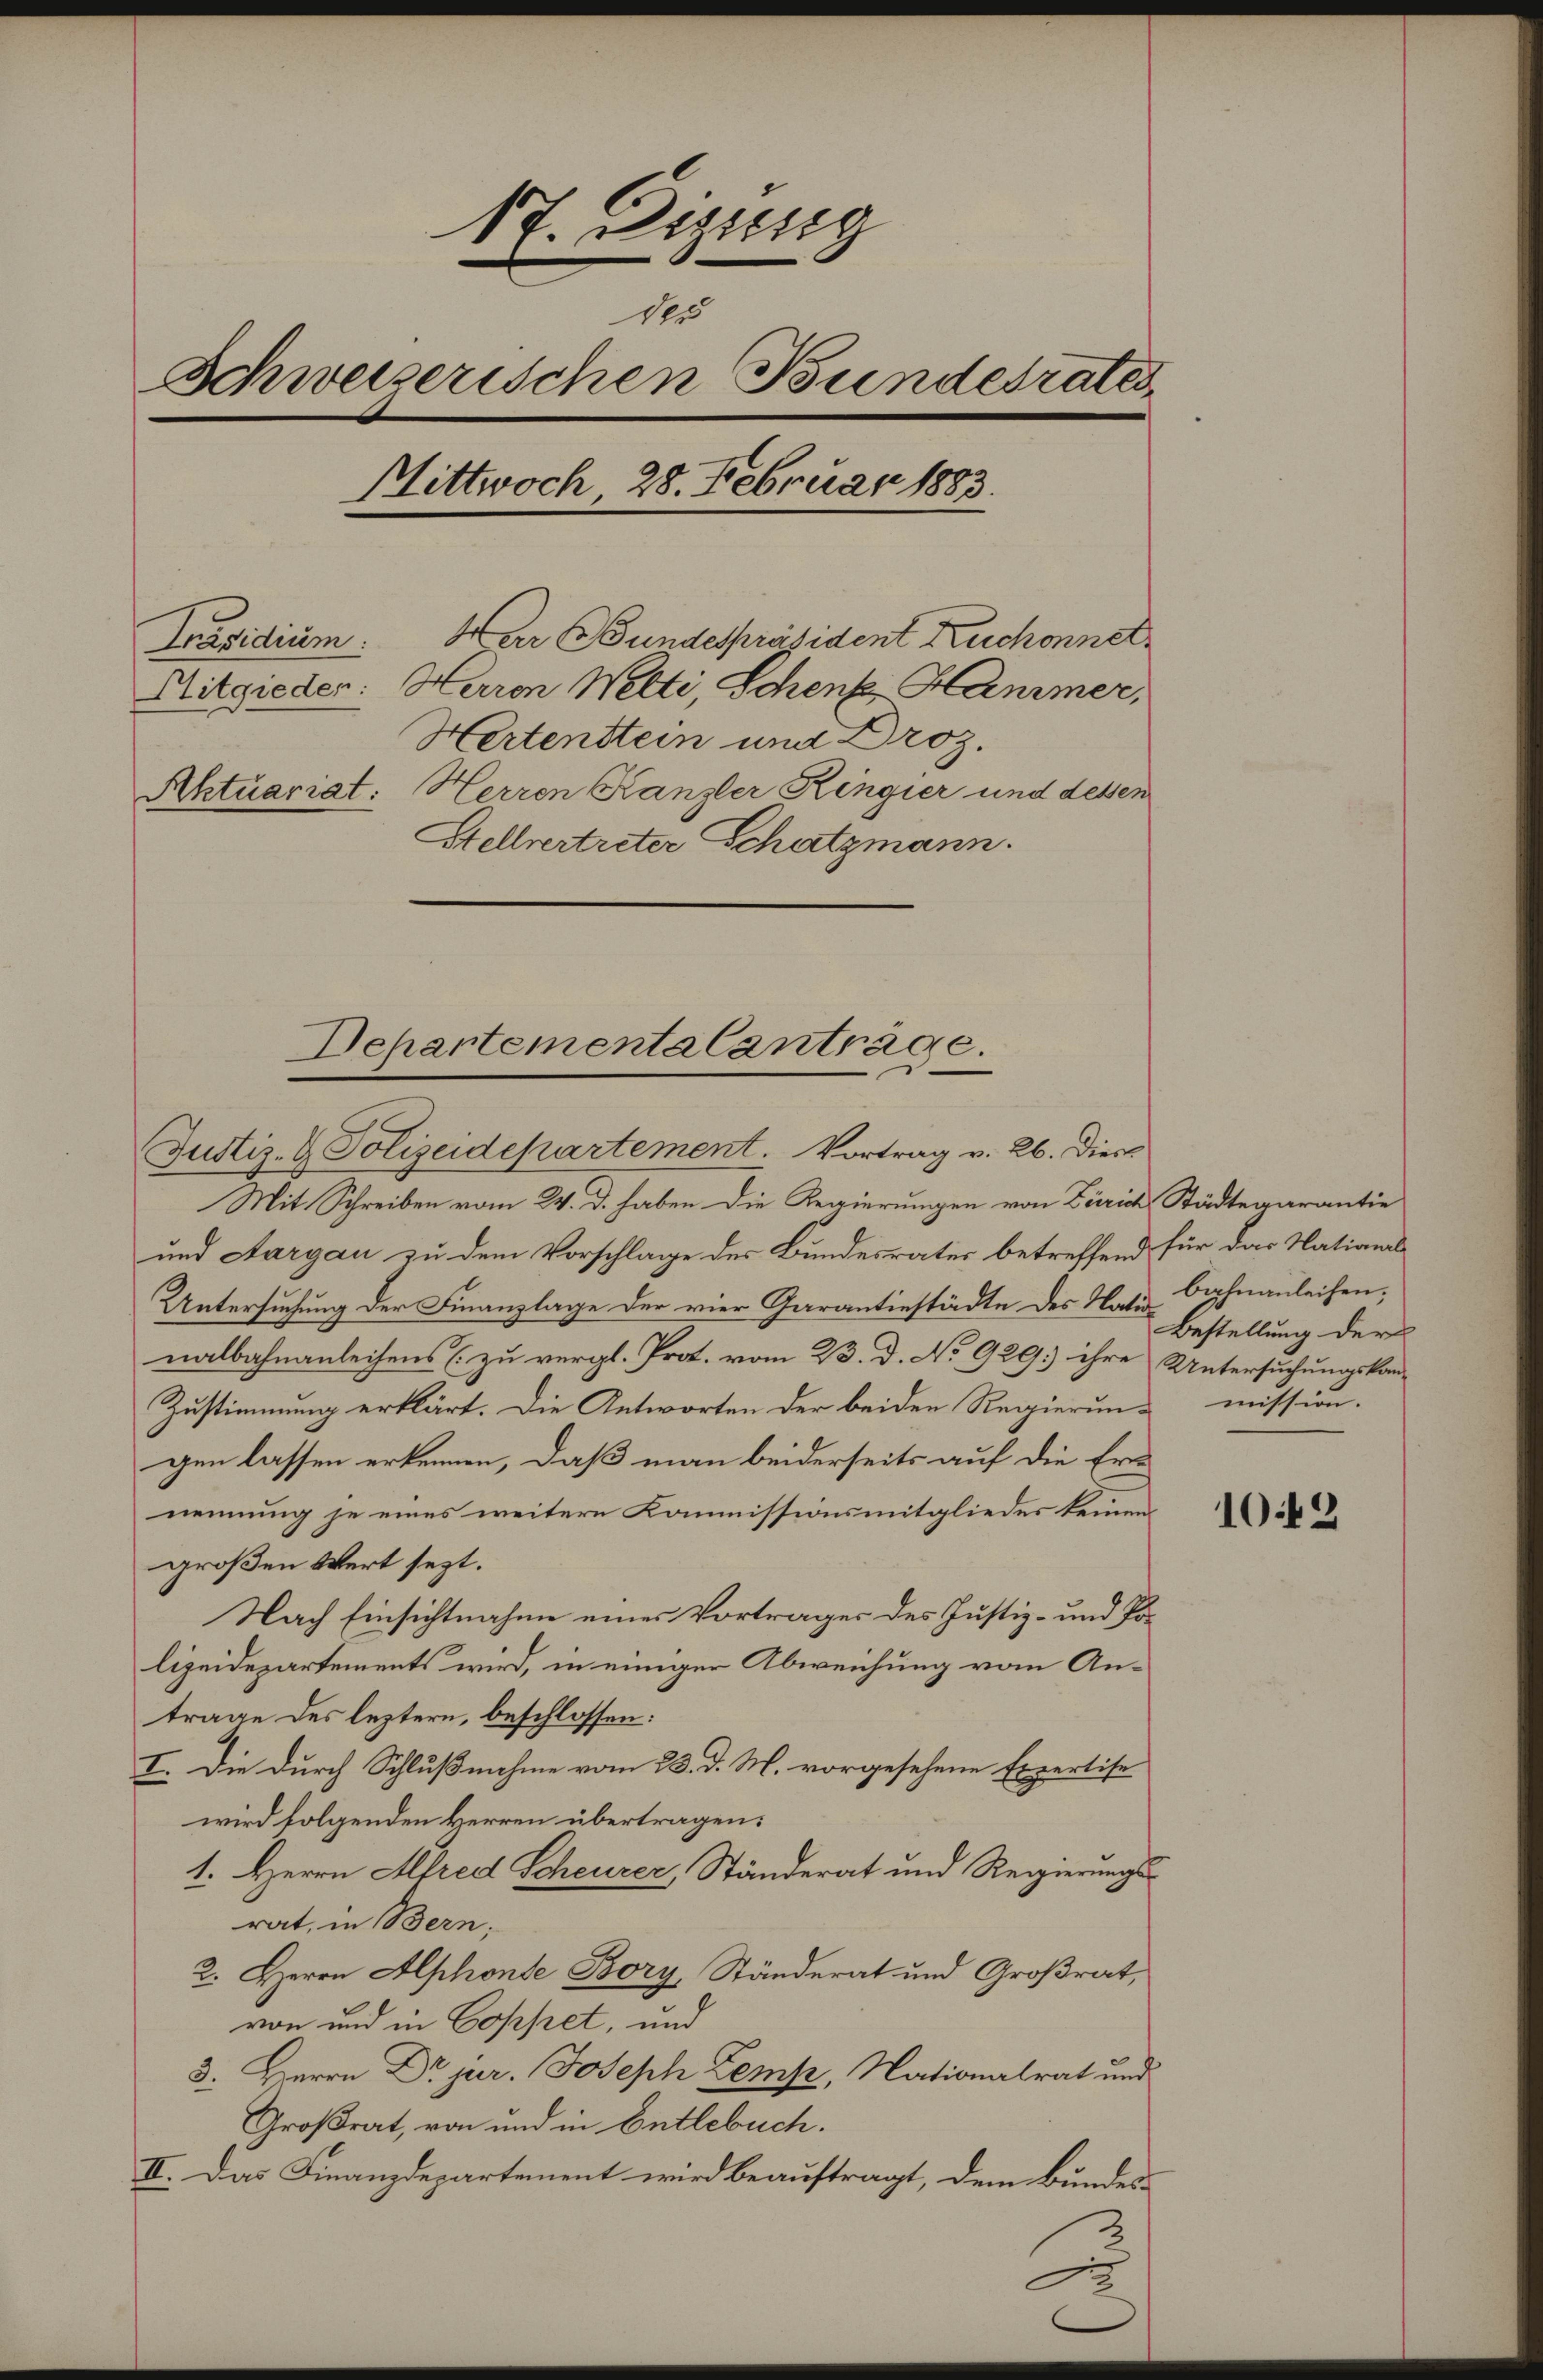
17. Dezung
des
Schweizerischen Bundesrates
Mittwoch 28. Februar 1883.
War Bundespräsident Ruchonnet
Präsidium
Aitgieden: Herren Welti, Schenk Hammer,
Hertenstein und Droz.
Aktuariat: Herren Kanzler Ringier und dessen
Stellvertreter Schatzmann.

Departementa Canträge.
Justiz- & Polizeidepartement. Vortrag v. 26. Dies

Mit Schreiben vom 24. d. haben die Regierungen von Zürich, Städtegarantie
und Aargau zu dem Vorschlage des Bundesrates betreffend für das National¬
Untersuchung der Finanzlage der vier Garantinstädte des Nati-Bahnanleihen;
nalbahnanleihens (zu vergl. Prot. vom 23. d. No 929.) ihre Untersuchungskan-
Zustimmung erklärt. Die Antworten der beiden Regierungen lassen erkennen, daß man beiderseits auf die Ern
nennung je eines weitere Kommissionsmitglieder keinen
großen Wert sezt.
Nach Einsichtnahme eines Vortrages des Justiz- und Polizeidepartements wird, in einiger Abweichung vom Antrage des leztern, beschlossen:
I. Die durch Schlußnahme vom 23. d. M. vorgesehene Expertise
wird folgenden Herren übertragen.
1. Herrn Abred Scheurer, Ständerat und Regierungsrat, in Bern,
2. Herrn Alphonste Bory, Ständerat und Großrat,
von und in Coppet, und
3. Herrn Dr jur. Joseph Zemp, Nationalrat und
Großrat, von und in Entlebuch.
II. Das Finanzdepartement wird beauftragt, dem Bundes-

Bestellung der
mission. |

1042